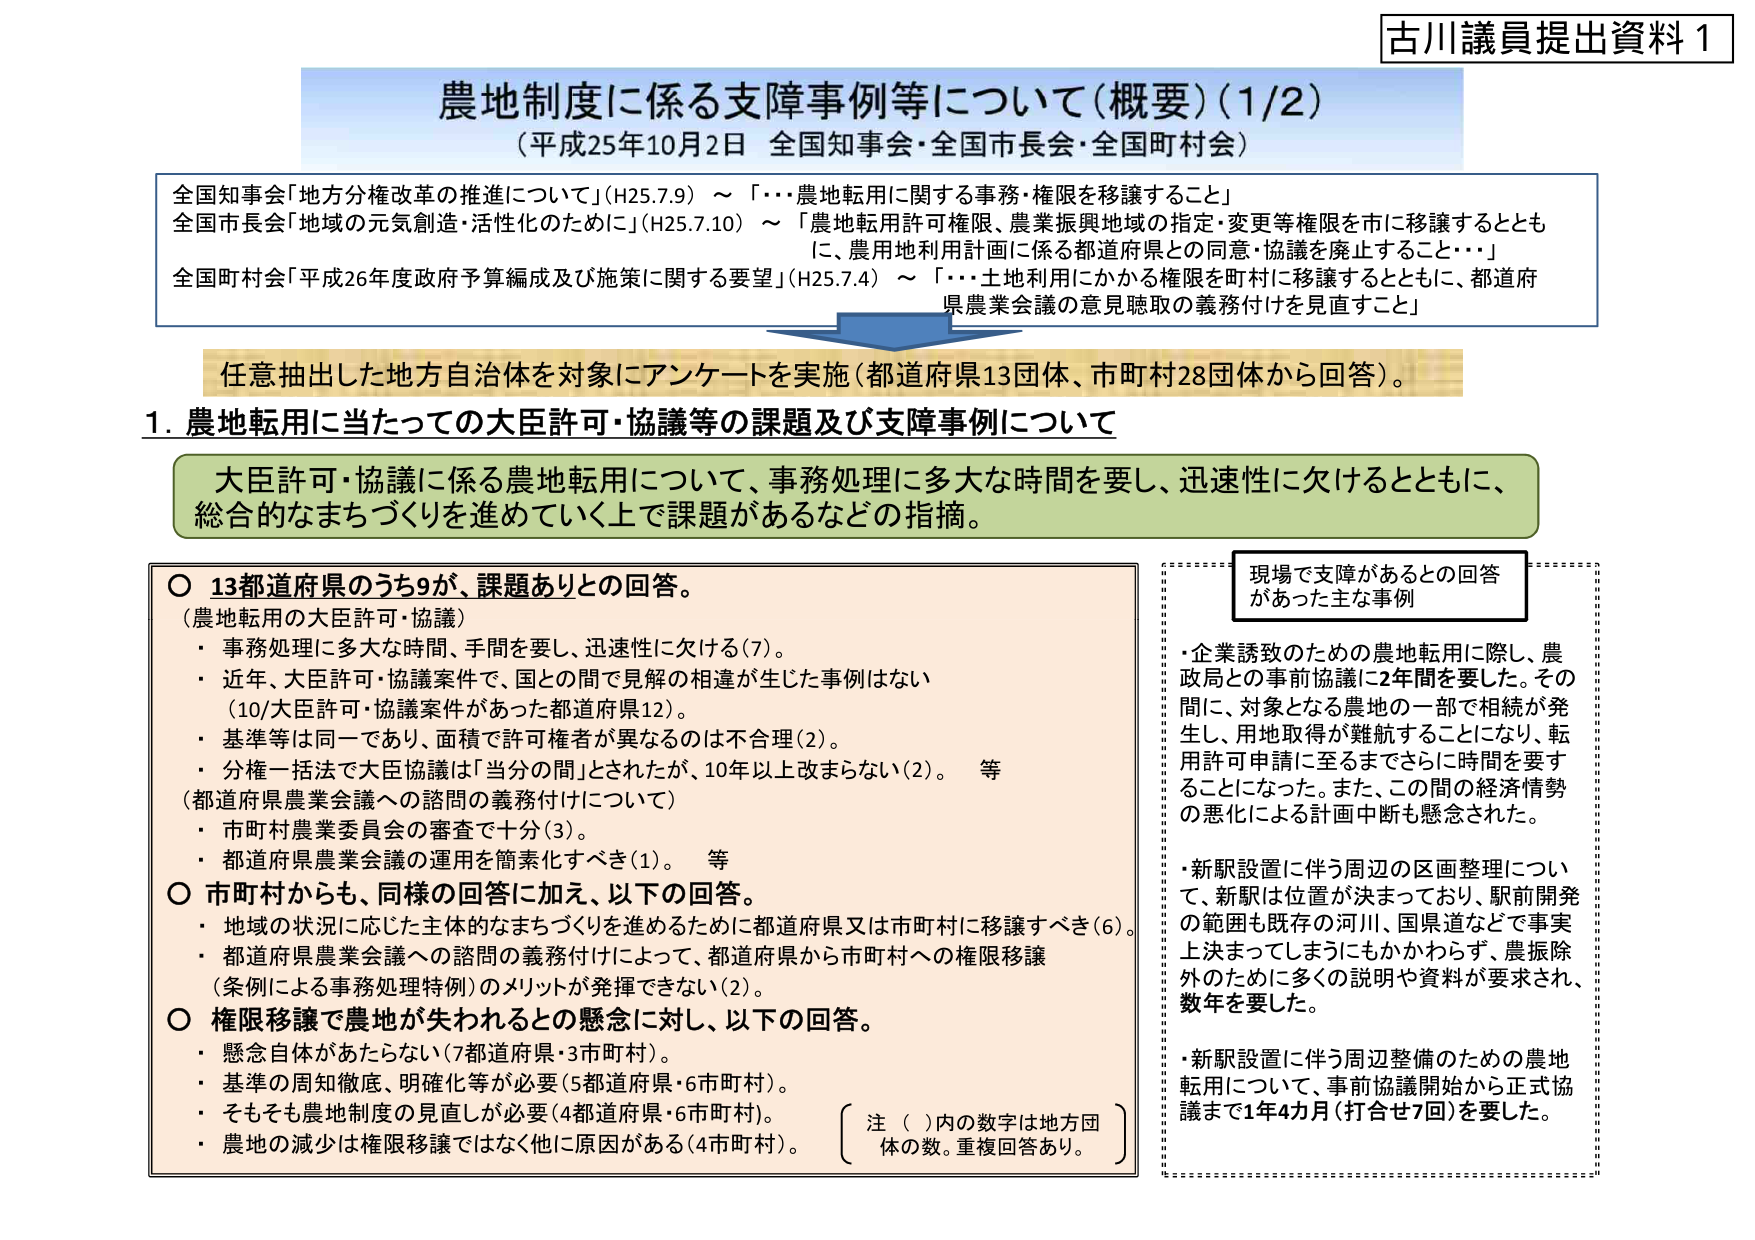
古川議員提出資料１

農地制度に係る支障事例等について（概要）（1/2）
（平成25年10月2日 全国知事会・全国市長会・全国町村会）

全国知事会「地方分権改革の推進について」（H25.7.9）～「・・・農地転用に関する事務・権限を移譲すること」
全国市長会「地域の元気創造・活性化のために」（H25.7.10）～「農地転用許可権限、農業振興地域の指定・変更等権限を市に移譲するとともに、農用地利用計画に係る都道府県との同意・協議を廃止すること・・・」
全国町村会「平成26年度政府予算編成及び施策に関する要望」（H25.7.4）～「・・・土地利用にかかる権限を町村に移譲するとともに、都道府県農業会議の意見聴取の義務付けを見直すこと」

任意抽出した地方自治体を対象にアンケートを実施（都道府県13団体、市町村28団体から回答）。

1．農地転用に当たっての大臣許可・協議等の課題及び支障事例について

大臣許可・協議に係る農地転用について、事務処理に多大な時間を要し、迅速性に欠けるとともに、総合的なまちづくりを進めていく上で課題があるなどの指摘。

○ 13都道府県のうち9が、課題ありとの回答。
（農地転用の大臣許可・協議）
・事務処理に多大な時間、手間を要し、迅速性に欠ける（7）。
・近年、大臣許可・協議案件で、国との間で見解の相違が生じた事例はない（10/大臣許可・協議案件があった都道府県12）。
・基準等は同一であり、面積で許可権者が異なるのは不合理（2）。
・分権一括法で大臣協議は「当分の間」とされたが、10年以上改まらない（2）。 等
（都道府県農業会議への諮問の義務付けについて）
・市町村農業委員会の審査で十分（3）。
・都道府県農業会議の運用を簡素化すべき（1）。 等

○ 市町村からも、同様の回答に加え、以下の回答。
・地域の状況に応じた主体的なまちづくりを進めるために都道府県又は市町村に移譲すべき（6）。
・都道府県農業会議への諮問の義務付けによって、都道府県から市町村への権限移譲（条例による事務処理特例）のメリットが発揮できない（2）。

○ 権限移譲で農地が失われるとの懸念に対し、以下の回答。
・懸念自体があたらない（7都道府県・3市町村）。
・基準の周知徹底、明確化等が必要（5都道府県・6市町村）。
・そもそも農地制度の見直しが必要（4都道府県・6市町村）。
・農地の減少は権限移譲ではなく他に原因がある（4市町村）。

〔注 （ ）内の数字は地方団体の数。重複回答あり。〕

現場で支障があるとの回答があった主な事例
・企業誘致のための農地転用に際し、農政局との事前協議に2年間を要した。その間に対象となる農地の一部で相続が発生し、用地取得が難航することになり、転用許可申請に至るまでさらに時間を要することになった。また、この間の経済情勢の悪化による計画中断も懸念された。
・新駅設置に伴う周辺の区画整理について、新駅は位置が決まっており、駅前開発の範囲も既存の河川、国県道などで事実上決まってしまうにもかかわらず、農振除外のために多くの説明や資料が要求され、数年を要した。
・新駅設置に伴う周辺整備のための農地転用について、事前協議開始から正式協議まで1年4カ月（打合せ7回）を要した。